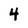
Character: 4